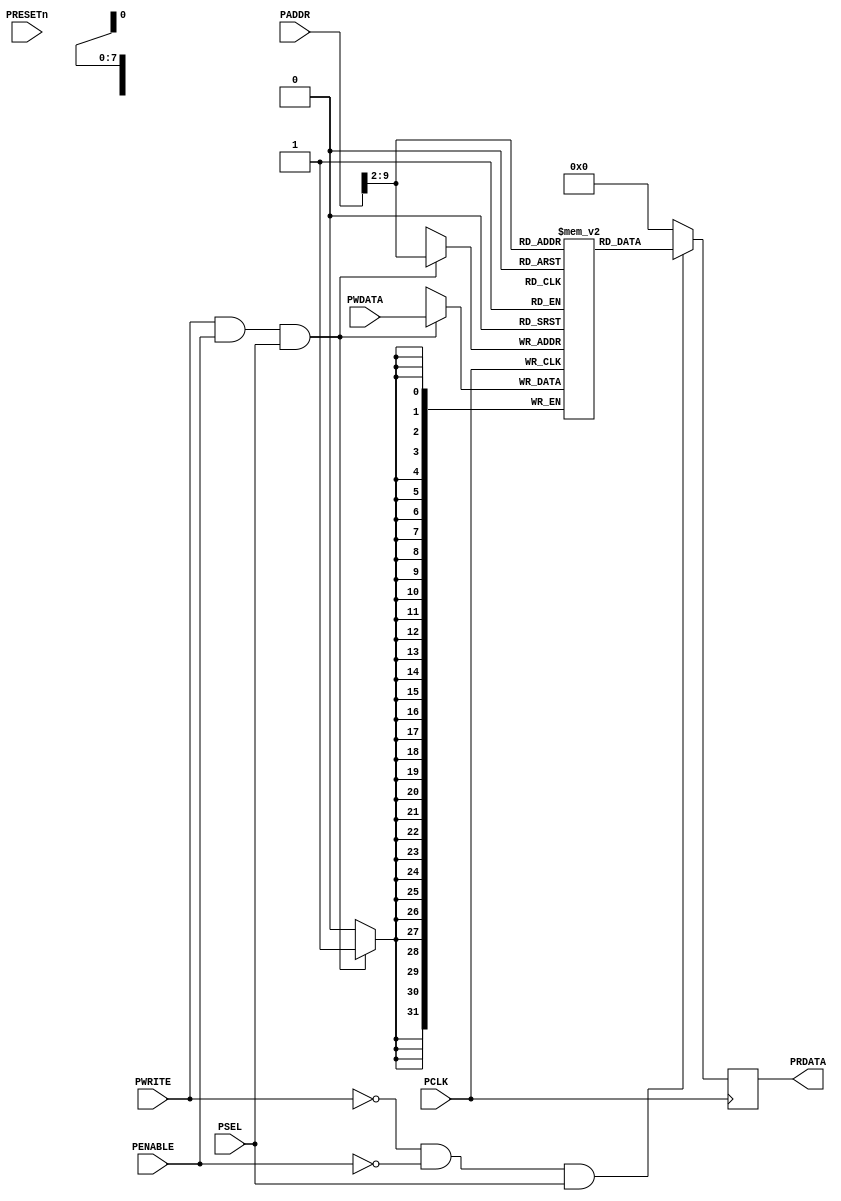
// +FHDR----------------------------------------------------
//                   Copyright (c) 2023 
//                    ALL RIGHTS RESERVED
// ---------------------------------------------------------
// Creater On       : 2023-05-24 17:02
// Last Modifying   : 
// ---------------------------------------------------------
// Description      : 
//
//
// -FHDR----------------------------------------------------
`timescale 1ns / 1ps

module apb_sram #(
    parameter                           SIZE_IN_BYTES = 1024
)
(
    //----------------------------------
    // IO Declarations
    //----------------------------------
    input                               PRESETn,
    input                               PCLK,
    input                               PSEL,
    input [31:0]                        PADDR,
    input                               PENABLE,
    input                               PWRITE,
    input [31:0]                        PWDATA,
    output reg [31:0]                   PRDATA
);

    //----------------------------------
    // Local Parameter Declarations
    //----------------------------------
    localparam                          A_WIDTH = clogb2(SIZE_IN_BYTES);

    //----------------------------------
    // Variable Declarations
    //----------------------------------
    reg [31:0]                          mem[0:SIZE_IN_BYTES/4-1];
    wire                                wren;
    wire                                rden;
    wire [A_WIDTH-1:2]                  addr; 
 
    //----------------------------------
    // Function Declarations
    //----------------------------------
    function integer clogb2;
        input [31:0]                    value; 
        reg [31:0]                      tmp; 
        reg [31:0]                      rt;
    begin
        tmp = value - 1;
        for (rt = 0; tmp > 0; rt = rt + 1) 
            tmp = tmp >> 1;
        clogb2 = rt;
    end
    endfunction

    //----------------------------------
    // Start of Main Code
    //----------------------------------
    // Create read and write enable signals using APB control signals
    assign wren = PWRITE && PENABLE && PSEL; // Enable Period
    assign rden = ~PWRITE && ~PENABLE && PSEL; // Setup Period

    assign addr = PADDR[A_WIDTH-1:2];
    
    // Write mem
    always @(posedge PCLK)
    begin
        if (wren)
            mem[addr] <= PWDATA;
    end

    // Read mem
    always @(posedge PCLK)
    begin
        if (rden)
            PRDATA <= mem[addr];
        else
            PRDATA <= 'h0;
    end

endmodule